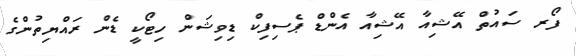
ފޯރ ސައުތް އޭޝިއާ އޭޝިއާ އެންޑް ޕެސިފިކް ޑިވިޝަން ހިޓޯކީ ޑެން ރައްޔިތުންގެ